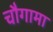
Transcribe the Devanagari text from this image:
चौगामा